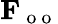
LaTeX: \mathbf{F}_{\mathrm{~o~o~}}